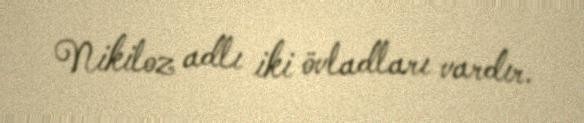
Nikiloz adlı iki övladları vardır.